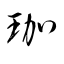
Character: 珈